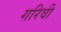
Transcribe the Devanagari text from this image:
गरिवी